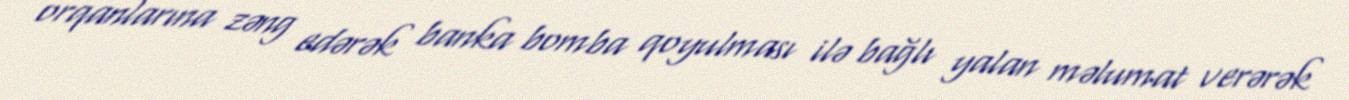
orqanlarına zəng edərək banka bomba qoyulması ilə bağlı yalan məlumat verərək